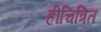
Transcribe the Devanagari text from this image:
हीचित्रित